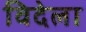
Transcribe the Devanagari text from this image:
विदेला